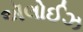
ઍલોઈઝ